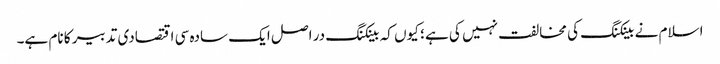
اسلام نے بینکنگ کی مخالفت نہیں کی ہے ؛ کیوں کہ بینکنگ در اصل ایک سادہ سی اقتصادی تدبیر کا نام ہے۔